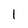
Character: 1